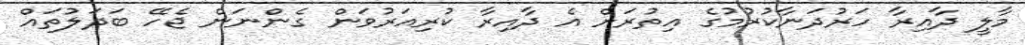
މާލީ ދާއިރާ ހަރުދަނާކުރުމުގެ އިތުރަށް އެ ދާއިރާ ކުރިއަރުވަން ގެންނަން ޖެހޭ ބަދަލުތައް